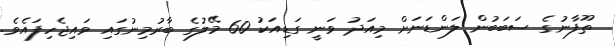
ތޫފާނުގެ ސަބަބުން ލަންޑަނަށް މިއަދު ވަނީ ގަޑިއަކު 60 މޭލުގެ ބާރުމިނުގައި ވައިޖެހިފައެވެ.